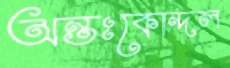
অন্তঃকোন্দল